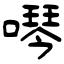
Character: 噖